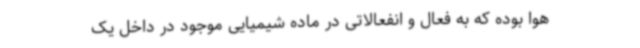
هوا بوده که به فعال و انفعالاتی در ماده شیمیایی موجود در داخل یک